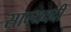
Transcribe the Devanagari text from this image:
साम्यवदी